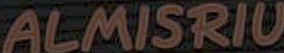
ALMISRIU